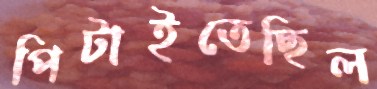
পিটাইতেছিল